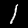
Digit: 1